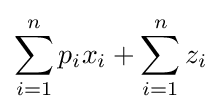
\sum _{i=1}^{n}p_{i}x_{i}+\sum _{i=1}^{n}z_{i}